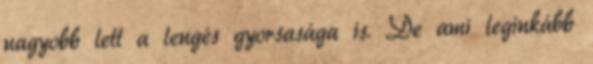
nagyobb lett a lengés gyorsasága is. De ami leginkább